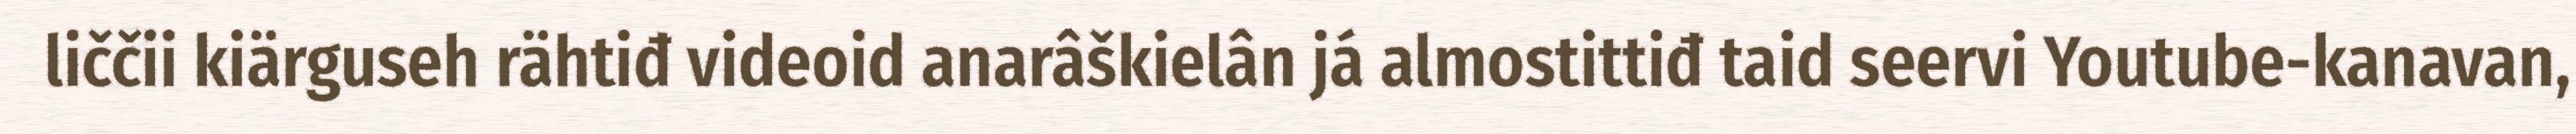
liččii kiärguseh rähtiđ videoid anarâškielân já almostittiđ taid seervi Youtube-kanavan,